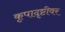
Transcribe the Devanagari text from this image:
कृपादृष्टीवर